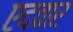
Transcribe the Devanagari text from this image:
एदवार